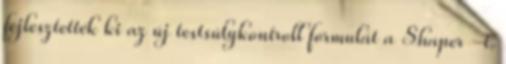
fejlesztették ki az új testsúlykontroll formulát a Shaper -t.